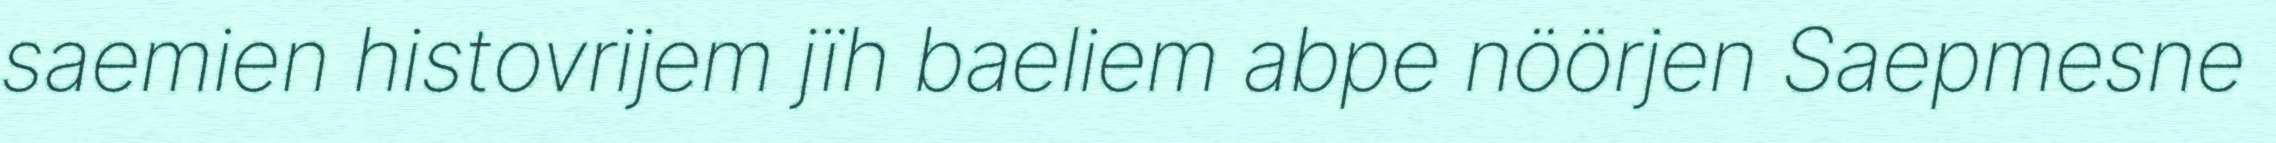
saemien histovrijem jïh baeliem abpe nöörjen Saepmesne